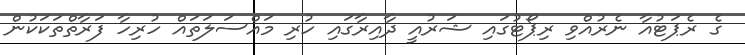
ގެ ރެޕަޓުއާ ނެރުއްވި ރިޕޯޓުގައި ޝަރުއީ ދާއިރާގައި ހުރި މައްސަލަތައް ހުރިހާ ފަރާތްތަކަކުން